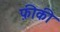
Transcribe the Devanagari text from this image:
फ़ीकी